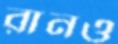
রানও